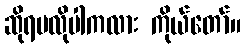
ဆိုရမလိုပါကလား ကိုယ်တော်။